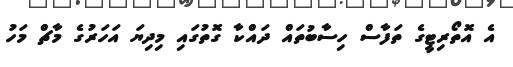
އެ އޮތޯރިޓީގެ ތަފާސް ހިސާބުތައް ދައްކާ ގޮތުގައި މިދިޔަ އަހަރުގެ މާޗް މަހު